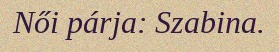
Női párja: Szabina.